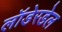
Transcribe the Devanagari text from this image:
लॉडेरडेल